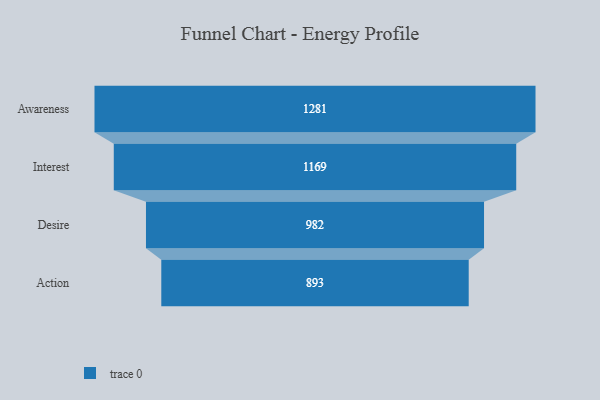
{"axis": {"x": "Stage", "y": "Value"}, "legend": [""], "data": [{"x": "Awareness", "y": 1281.0, "type": ""}, {"x": "Interest", "y": 1169.0, "type": ""}, {"x": "Desire", "y": 982.0, "type": ""}, {"x": "Action", "y": 893.0, "type": ""}]}